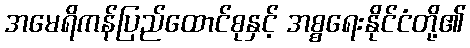
အမေရိကန်ပြည်ထောင်စုနှင့် အစ္စရေးနိုင်ငံတို့၏